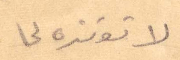
لا توتره لما